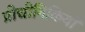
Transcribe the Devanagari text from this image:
प्रोद्योगिकियाँ